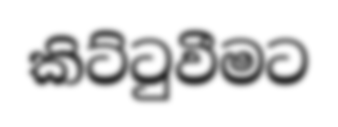
කිට්ටුවීමට